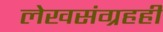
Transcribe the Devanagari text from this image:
लेखसंग्रहही